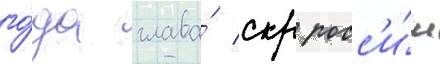
го́да глава́ скр росс'и́и